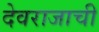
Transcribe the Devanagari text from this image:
देवराजाची